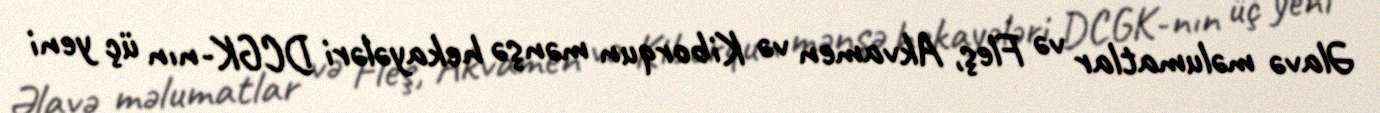
Əlavə məlumatlar və Fleş, Akvamen və Kiborqun mənşə hekayələri DCGK-nın üç yeni